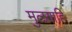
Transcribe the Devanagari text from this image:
मुलगाहि